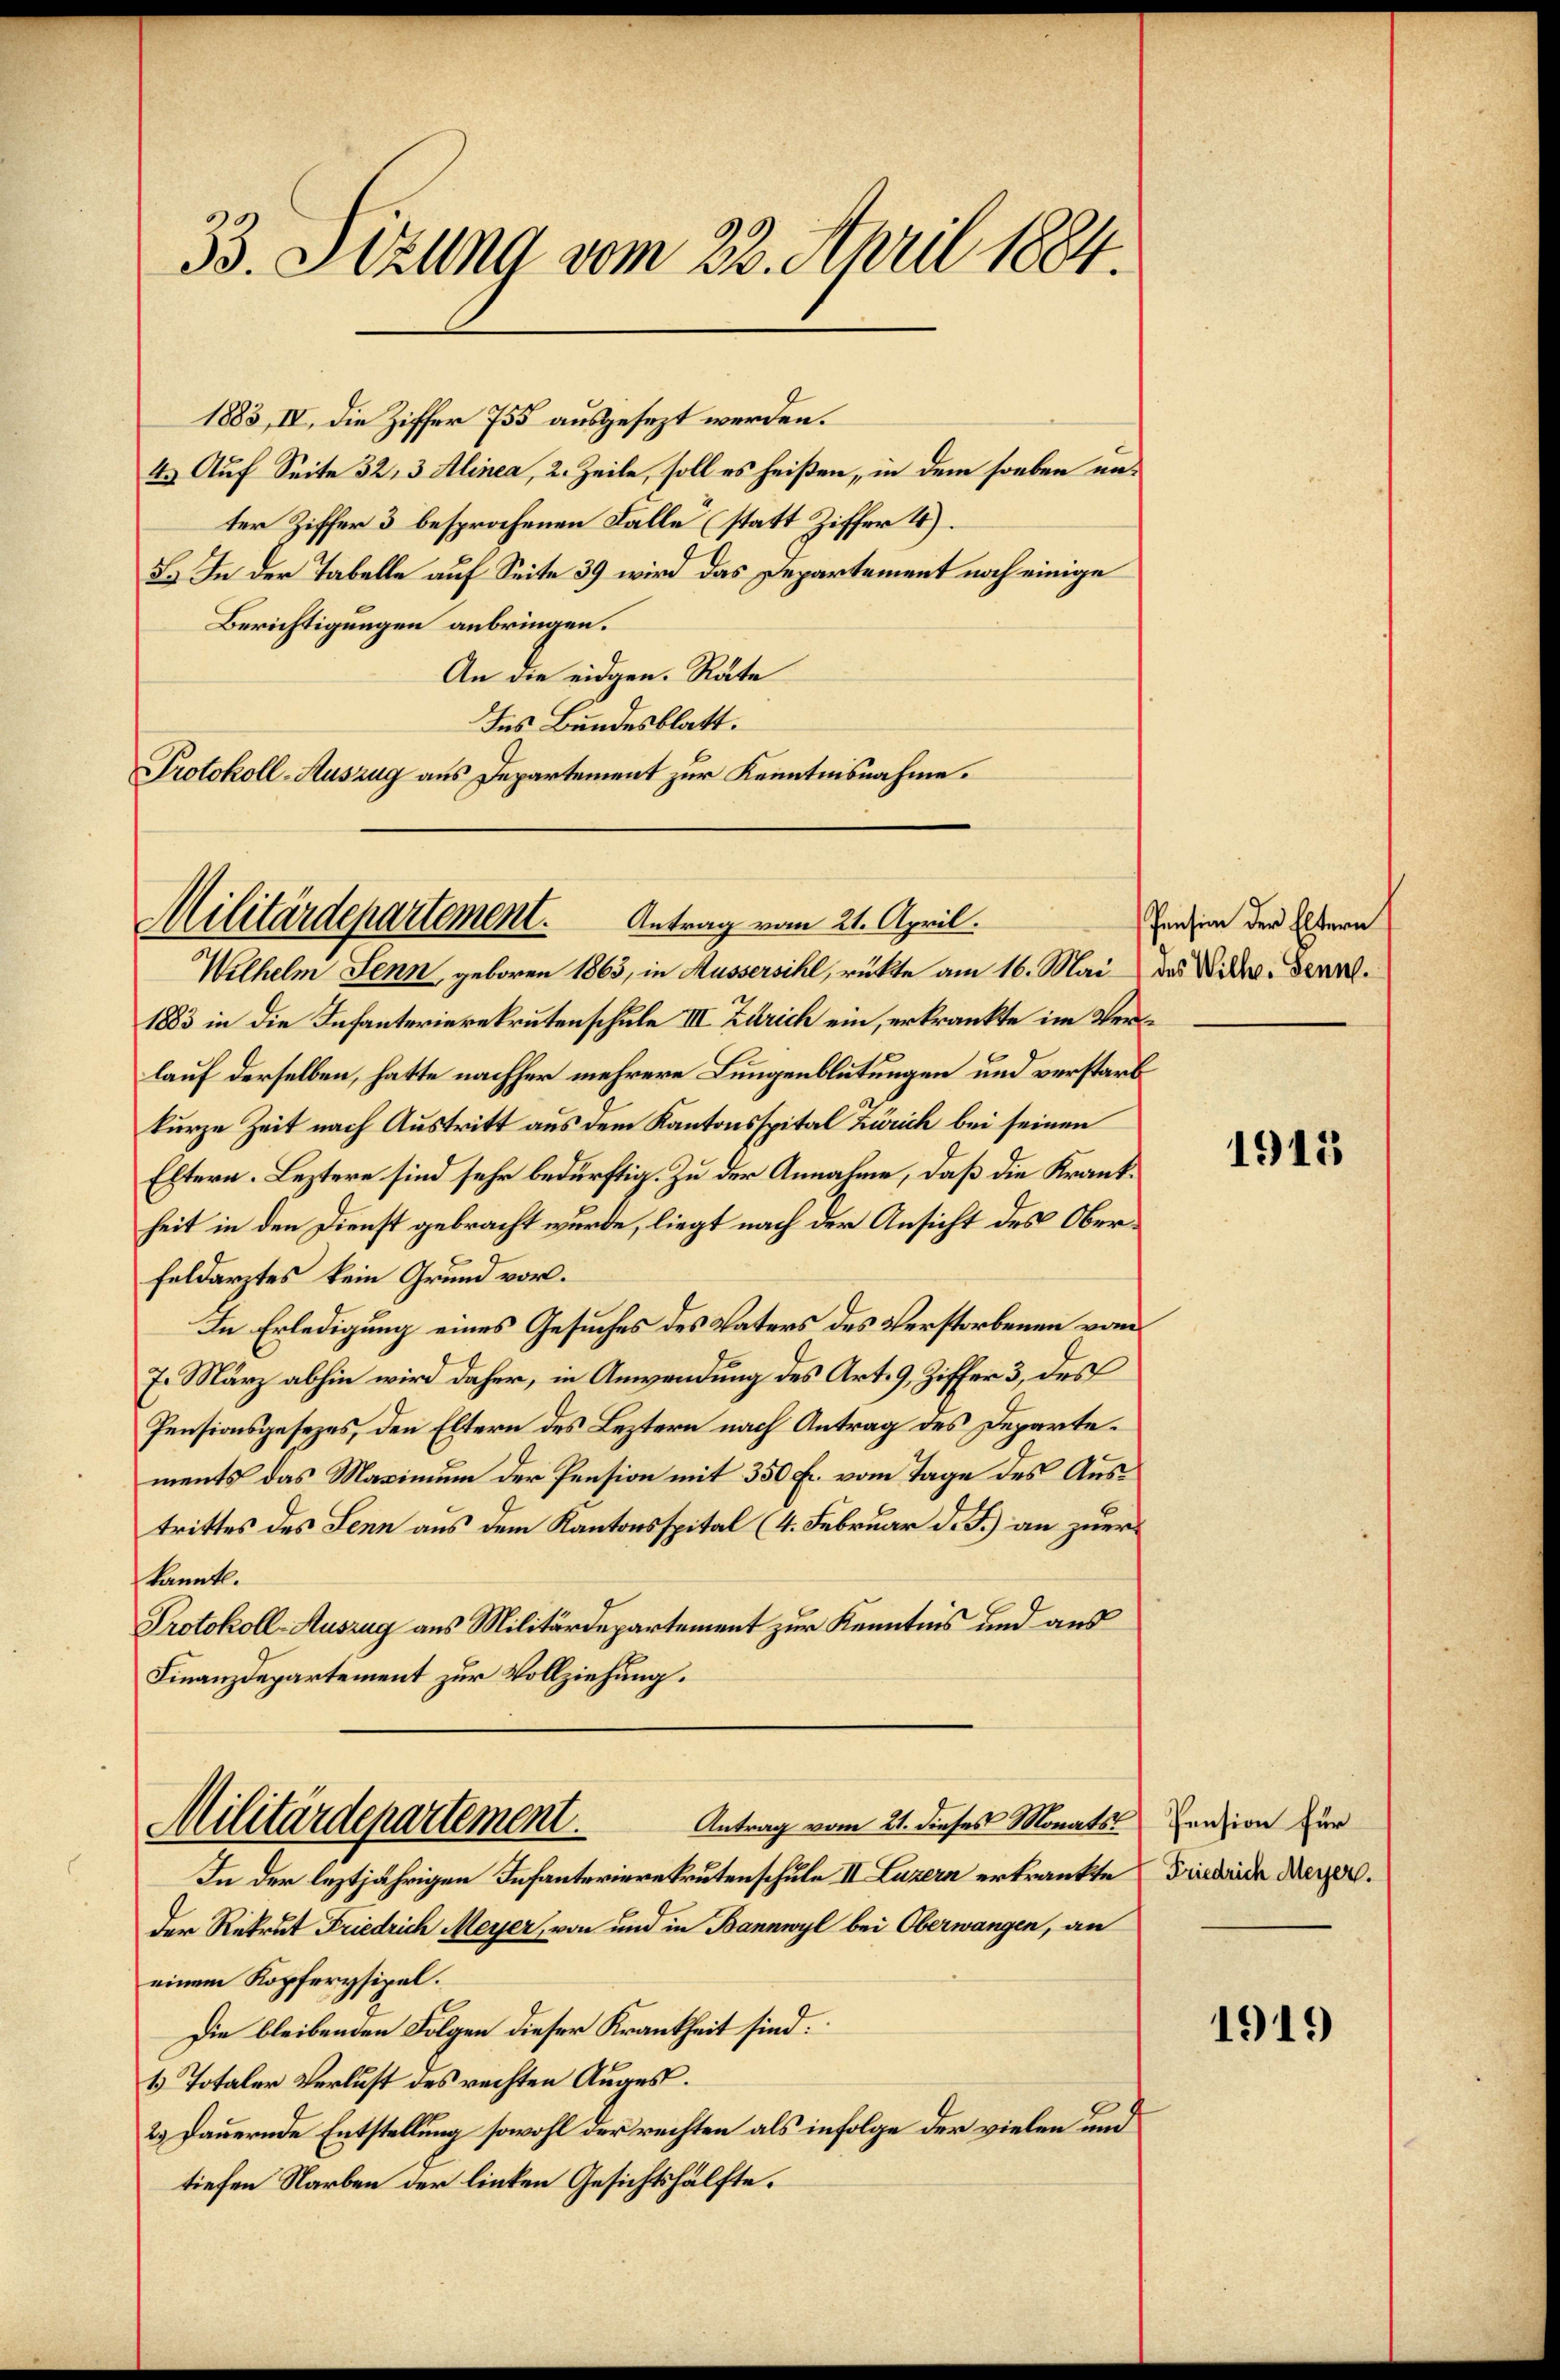
33. Setzung vom 23. April 1884.

1883, IV, die Ziffer 755 ausgesezt werden.
4. Auf Seite 32, 3 Alinea, 2. Zeile, soll es heißen, in dem soeben unter Ziffer 3 besprochenen Fälle (statt Ziffer 4).
5. In der Tabelle auf Seite 39 wird das Departement noch einige
Berichtigungen anbringen.
An die eidgen. Räte
Ins Bundesblatt.
Protokoll-Auszug aus Departement zur Kenntnisnahme.

Militärdepartement. Antrag vom 21. April.

Wilhelm Senn, geboren 1863, in Mussersihl, rückte am 16. Mai das Wilh. Senal¬
1883 in die Infanterierekrutenschule III. Zürich ein, erkränkte im Verlauf derselben, hatte nachher mehrere Lungenblutungen und verstarb
kurze Zeit nach Austritt aus dem Kantonsspital Zürich bei seinen
Eltern. Leztere sind sehr bedürftig. Zu der Annahme, daß die Krankheit in den Dienst gebracht wurde, liegt nach der Ansicht des Oberfeldarztes kein Grund vor.
In Erledigung eines Gesuches des Vaters des Verstorbenen vom
7. März abhin wird daher, in Anwendung des Art. 9, Ziffer 3, des
Pensionsgesezes, den Eltern des Leztern nach Antrag des Departements das Maximum der Pension mit 350 Fr. vom Tage des Austrittes des Senn aus dem Kantonsspital (4. Februar d. J.) an zuer
kannt.
Protokoll-Auszug aus Militärdepartement zur Kenntnis und aus
Finanzdepartement zur Vollziehung.
Antrag vom 21. dieses Monats Pension für
Militärdepartement.
In der leztjährigen Infanteriere Brutenschule II Luzern erkrankte Friedende Merzen.
Der Rekrut Friedrich Meyer, von und in Bannwyl bei Oberwangen, an
einem Kopferysipel.
Die bleibenden Folgen dieser Krankheit sind.
1 Totaler Verlust des rechten Auges.
2.) Dauernde Entstellung sowohl der rechten als infolge der vielen und
tiefen Narben der linken Gesichtshälfte.

Pension der Eltern

1911

1919